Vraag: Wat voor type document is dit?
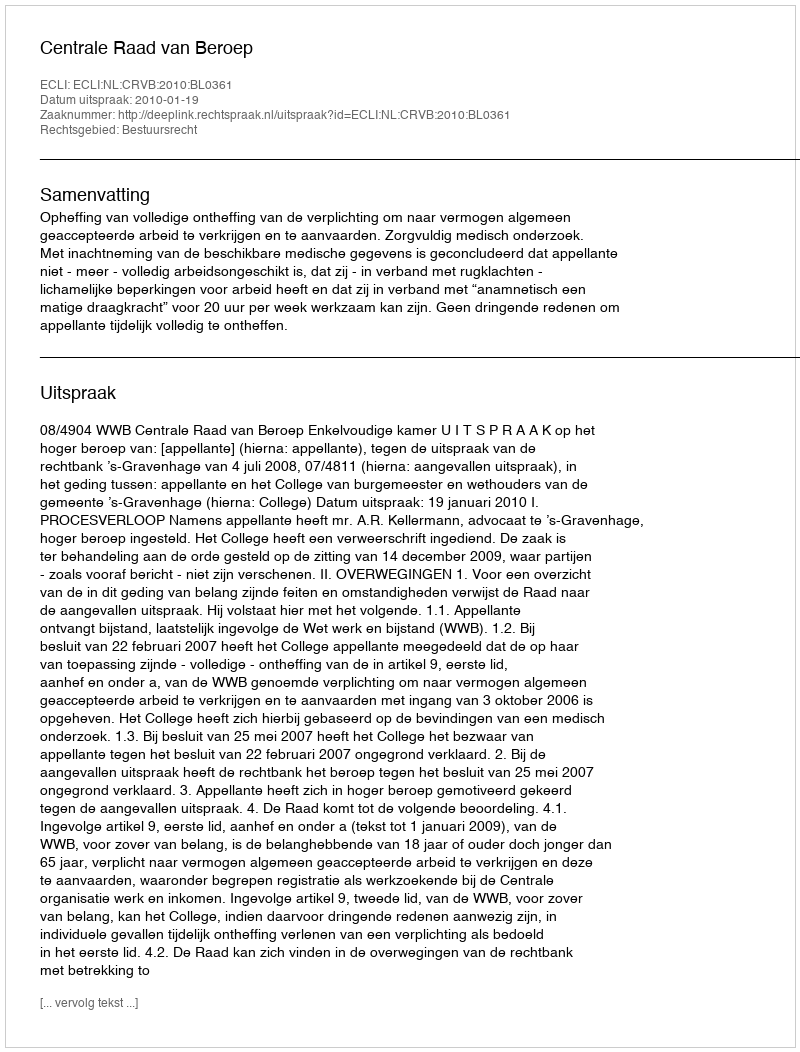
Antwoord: Uitspraak